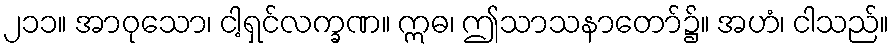
၂၁၁။ အာဝုသော၊ ငါ့ရှင်လက္ခဏ။ ဣဓ၊ ဤသာသနာတော်၌။ အဟံ၊ ငါသည်။